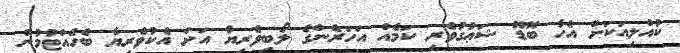
ކުއްލިއަކަށް އެހާ ބޮޑޫ ޝަޢުގުވެރި ކަމެއް އަހަރެންގެ ލޯބިވެރިޔާ އަށް އެކުވެރިޔާ ބެހެއްޓުމުން